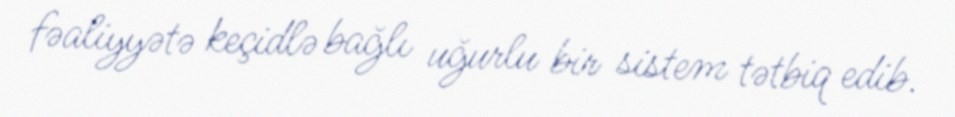
fəaliyyətə keçidlə bağlı uğurlu bir sistem tətbiq edib.